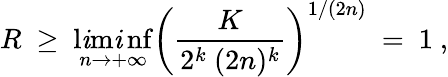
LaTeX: R\ \ge\ \operatorname*{l\mathit{i}m\mathit{i}nf}_{n\to+\infty}\left(\frac{K}{{2^{k}\ (2n)^{k}}}\right)^{1/(2n)}\ =\ 1\ ,